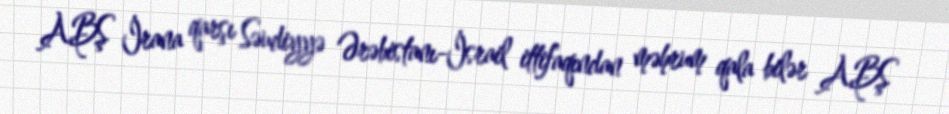
ABŞ İrana qarşı Səudiyyə Ərəbistanı-İsrail ittifaqından məhrum qala bilər ABŞ